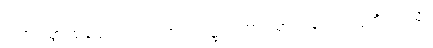
ဂတာ၊ သွားသနည်း။ ကတ္ထ၊ အဘယ်၌။ ဂတာ၊ သွားသနည်း။ ဣတိ၊ ဤသို့။